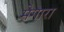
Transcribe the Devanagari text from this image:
मेगारा